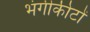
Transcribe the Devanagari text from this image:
भंगीकीटों